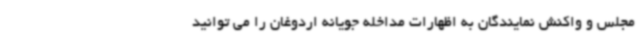
مجلس و واکنش نمایندگان به اظهارات مداخله جویانه اردوغان را می توانید